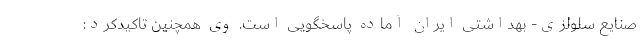
صنایع سلولزی- بهداشتی ایران آماده پاسخگویی است. وی همچنین تاکیدکرد: